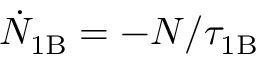
\dot { N } _ { \mathrm { 1 B } } = - N / \tau _ { \mathrm { 1 B } }